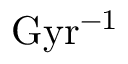
\mathrm { G y r ^ { - 1 } }